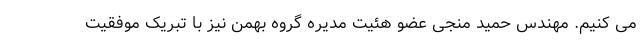
می کنیم. مهندس حمید منجی عضو هئیت مدیره گروه بهمن نیز با تبریک موفقیت